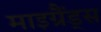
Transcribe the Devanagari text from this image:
माइग्रैंड्स